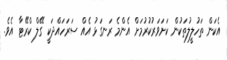
އެކަން ތަހުލީލުތަކުން ކަށަވަރުކުރުމަށް އެންމެ ރަނގަޅު އެއް ސަރަހައްދަކީ ގޭލް ކްރޭޓާ އެވެ.